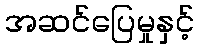
အဆင်ပြေမှုနှင့်